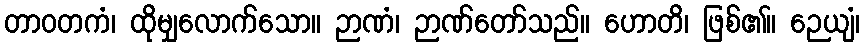
တာဝတကံ၊ ထိုမျှလောက်သော။ ဉာဏံ၊ ဉာဏ်တော်သည်။ ဟောတိ၊ ဖြစ်၏။ ဉေယျံ၊